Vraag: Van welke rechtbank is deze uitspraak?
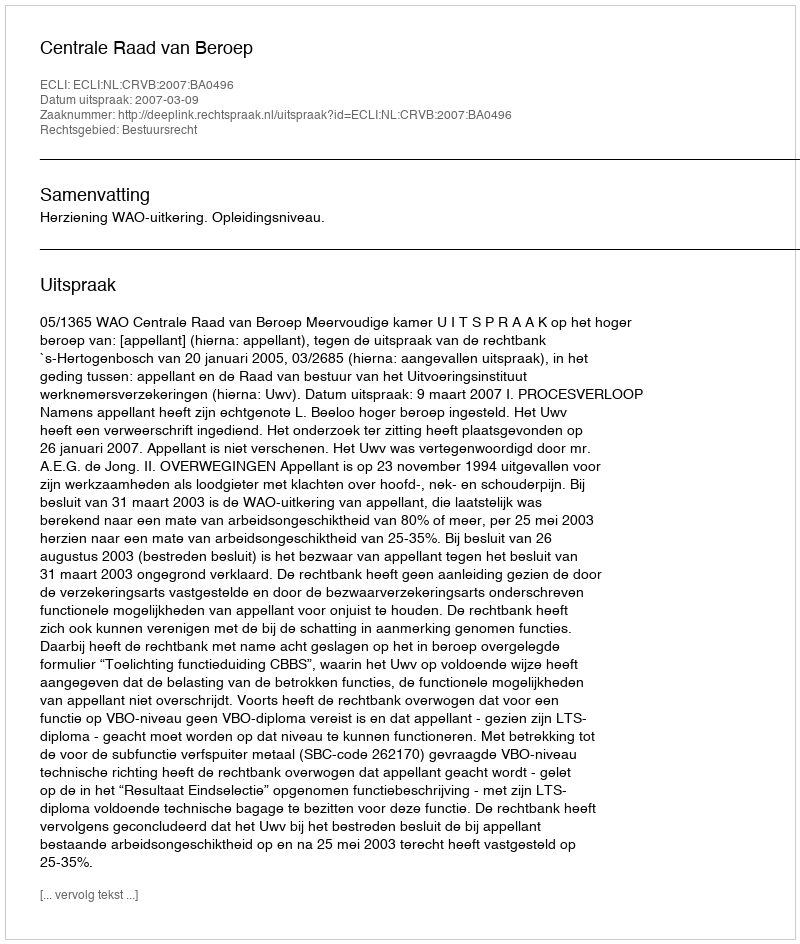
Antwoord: Centrale Raad van Beroep